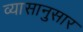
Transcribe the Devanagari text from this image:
व्यासानुसार